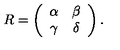
R = \left( \begin{array} { c c } { \alpha } & { \beta } \\ { \gamma } & { \delta } \\ \end{array} \right) .